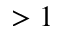
> 1